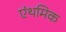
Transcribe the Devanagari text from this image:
एंथमिक